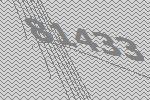
81433